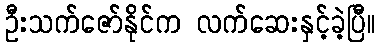
ဦးသက်ဇော်နိုင်က လက်ဆေးနှင့်ခဲ့ပြီ။